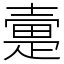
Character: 㚄